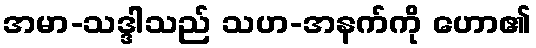
အမာ-သဒ္ဒါသည် သဟ-အနက်ကို ဟော၏